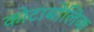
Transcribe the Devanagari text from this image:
कोटाबोलिक